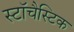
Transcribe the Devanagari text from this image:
स्टॉचैस्टिक